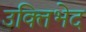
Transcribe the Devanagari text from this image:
उक्तिभेद